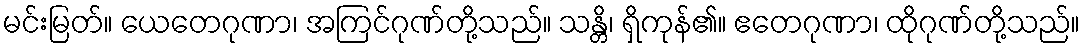
မင်းမြတ်။ ယေတေဂုဏာ၊ အကြင်ဂုဏ်တို့သည်။ သန္တိ၊ ရှိကုန်၏။ ဧတေဂုဏာ၊ ထိုဂုဏ်တို့သည်။